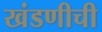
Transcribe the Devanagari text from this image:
खंडणीची